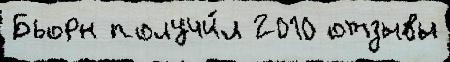
Бьорн получи́л 2010 отзывы